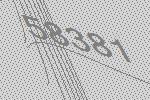
58381